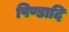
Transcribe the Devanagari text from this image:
पिण्डादि